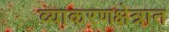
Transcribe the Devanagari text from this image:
व्याकरणक्षेत्रात